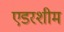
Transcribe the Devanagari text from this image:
एडरशीम